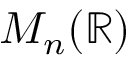
M _ { n } ( \mathbb { R } )